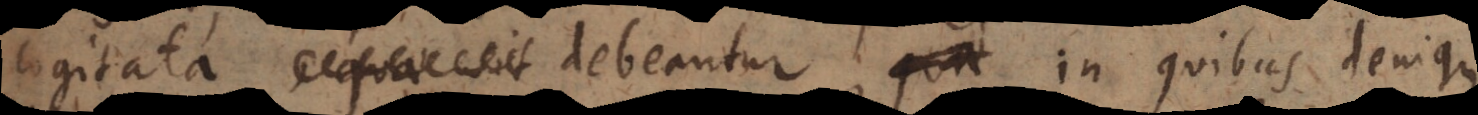
cogitata debeantur, et in quibus denique